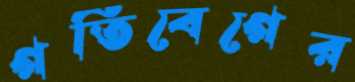
গতিবেগের